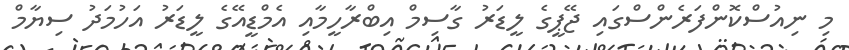
މި ނިއުސްކޮންފަރެންސްގައި ޖޭޕީގެ ލީޑަރު ގާސިމް އިބްރާހީމާއި އެމްޑީއޭގެ ލީޑަރު އަހުމަދު ސިޔާމް